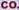
CO.